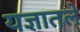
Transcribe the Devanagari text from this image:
यज्ञातले